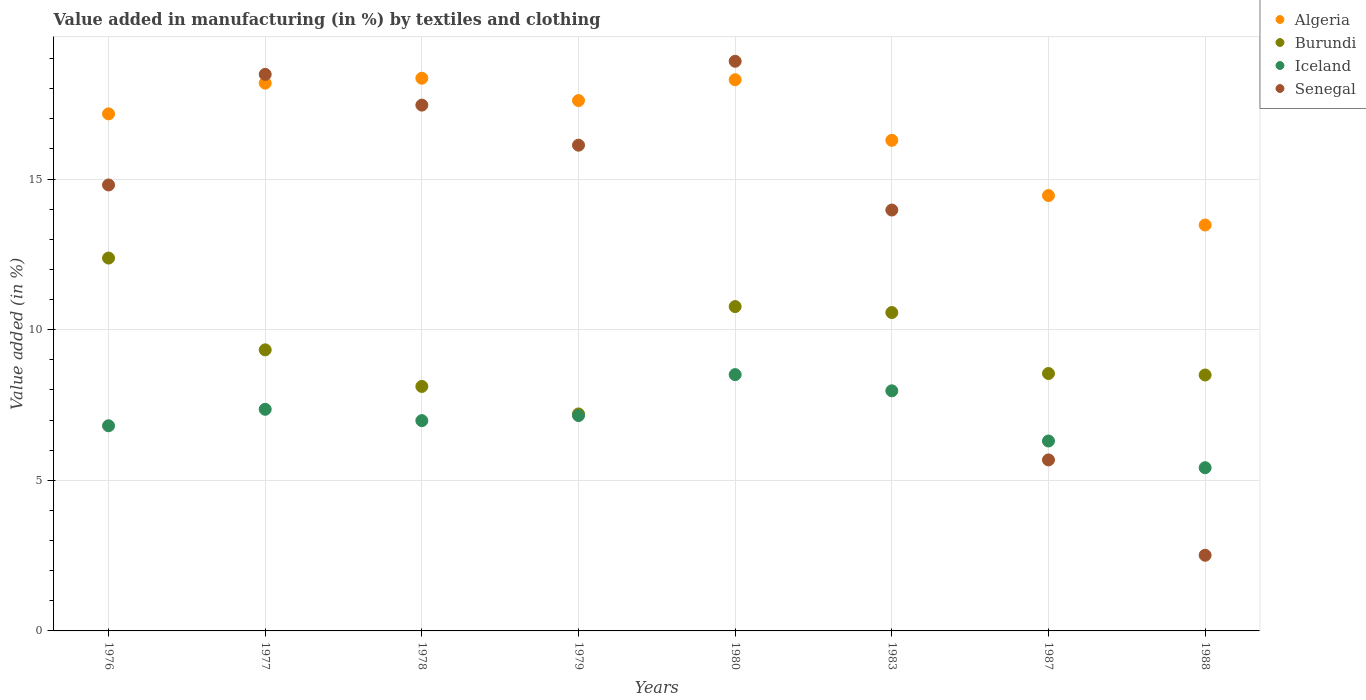
| Years | Algeria | Burundi | Iceland | Senegal |
 | --- | --- | --- | --- | --- |
 | 1976 | 17.2 | 12.4 | 6.81 | 14.8 |
 | 1977 | 18.2 | 9.33 | 7.36 | 18.5 |
 | 1978 | 18.3 | 8.12 | 6.98 | 17.5 |
 | 1979 | 17.6 | 7.2 | 7.15 | 16.1 |
 | 1980 | 18.3 | 10.8 | 8.51 | 18.9 |
 | 1983 | 16.3 | 10.6 | 7.97 | 14 |
 | 1987 | 14.5 | 8.54 | 6.3 | 5.68 |
 | 1988 | 13.5 | 8.5 | 5.42 | 2.51 |